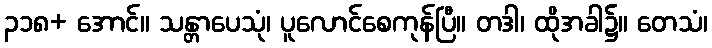
၃၁၈+ အောင်။ သန္တာပေသုံ၊ ပူလောင်စေကုန်ပြီ။ တဒါ၊ ထိုအခါ၌။ တေသံ၊